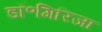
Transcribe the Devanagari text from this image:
डॉ॰गिरिजा